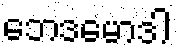
ဘေဒမောဒါ